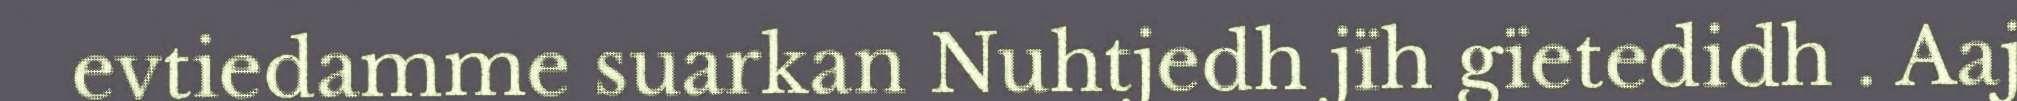
evtiedamme suarkan Nuhtjedh jïh gïetedidh . Aaj